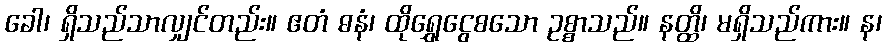
ခေါ၊ ရှိသည်သာလျှင်တည်း။ ဧတံ ဓနံ၊ ထိုရွှေငွေစသော ဥစ္စာသည်။ နတ္ထိ၊ မရှိသည်ကား။ န၊